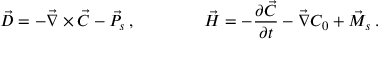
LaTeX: \vec { D } = - \vec { \nabla } \times \vec { C } - \vec { P } _ { s } \, , \qquad \qquad \vec { H } = - { \frac { \partial \vec { C } } { \partial t } } - \vec { \nabla } C _ { 0 } + \vec { M } _ { s } \, .